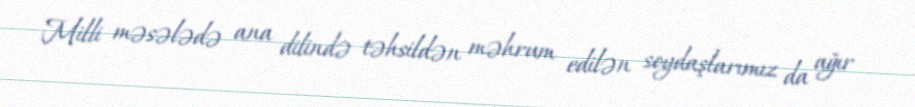
Milli məsələdə ana dilində təhsildən məhrum edilən soydaşlarımız da ağır